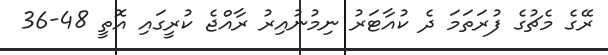
ރޭގެ މެޗުގެ ފުރަތަމަ ދެ ކުއާޓަރު ނިމުނުއިރު ރާއްޖެ ކުރީގައި އޮތީ 48-36